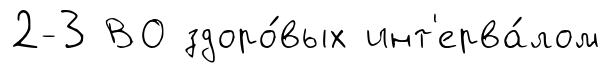
2-3 ВО здоро́вых инт'ерва́лом